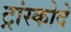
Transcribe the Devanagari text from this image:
ट्रांस्कोदे